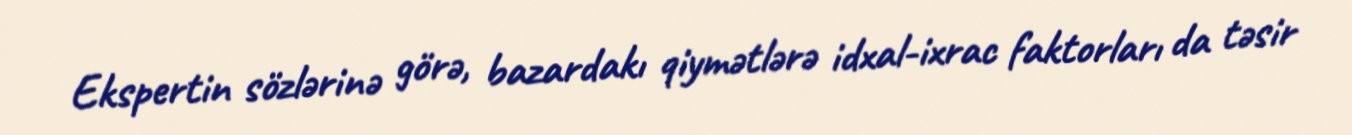
Ekspertin sözlərinə görə, bazardakı qiymətlərə idxal-ixrac faktorları da təsir